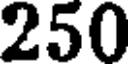
250